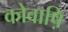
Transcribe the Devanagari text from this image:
कोवाष़ि